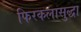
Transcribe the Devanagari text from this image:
फिरकलासुद्धा